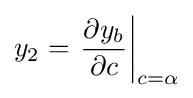
y_{2}=\left.{\frac {\partial y_{b}}{\partial c}}\right|_{c=\alpha }